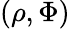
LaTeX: (\rho,\Phi)